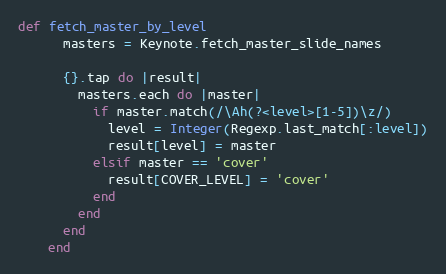
Language: Ruby
def fetch_master_by_level
      masters = Keynote.fetch_master_slide_names

      {}.tap do |result|
        masters.each do |master|
          if master.match(/\Ah(?<level>[1-5])\z/)
            level = Integer(Regexp.last_match[:level])
            result[level] = master
          elsif master == 'cover'
            result[COVER_LEVEL] = 'cover'
          end
        end
      end
    end